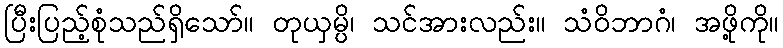
ပြီးပြည့်စုံသည်ရှိသော်။ တုယှမ္ပိ၊ သင်အားလည်း။ သံဝိဘာဂံ၊ အဖို့ကို။